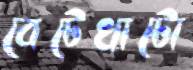
বেটেখাটো